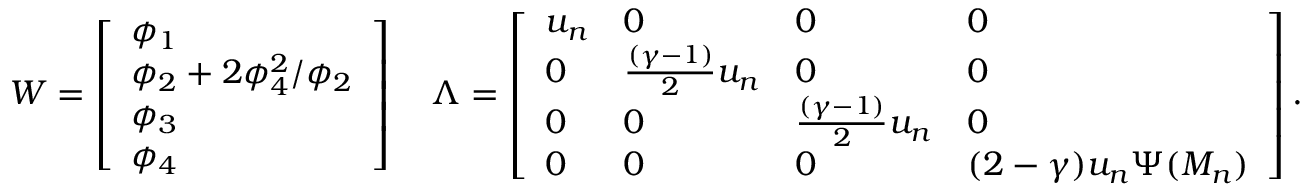
W = \left[ \begin{array} { l } { \phi _ { 1 } } \\ { \phi _ { 2 } + 2 \phi _ { 4 } ^ { 2 } / \phi _ { 2 } } \\ { \phi _ { 3 } } \\ { \phi _ { 4 } } \end{array} \right] \quad \Lambda = \left[ \begin{array} { l l l l } { u _ { n } } & { 0 } & { 0 } & { 0 } \\ { 0 } & { \frac { ( \gamma - 1 ) } { 2 } u _ { n } } & { 0 } & { 0 } \\ { 0 } & { 0 } & { \frac { ( \gamma - 1 ) } { 2 } u _ { n } } & { 0 } \\ { 0 } & { 0 } & { 0 } & { ( 2 - \gamma ) u _ { n } \Psi ( M _ { n } ) } \end{array} \right] .